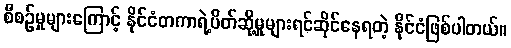
စီစဉ်မှုများကြောင့် နိုင်ငံတကာရဲ့ပိတ်ဆို့မှုများရင်ဆိုင်နေရတဲ့ နိုင်ငံဖြစ်ပါတယ်။